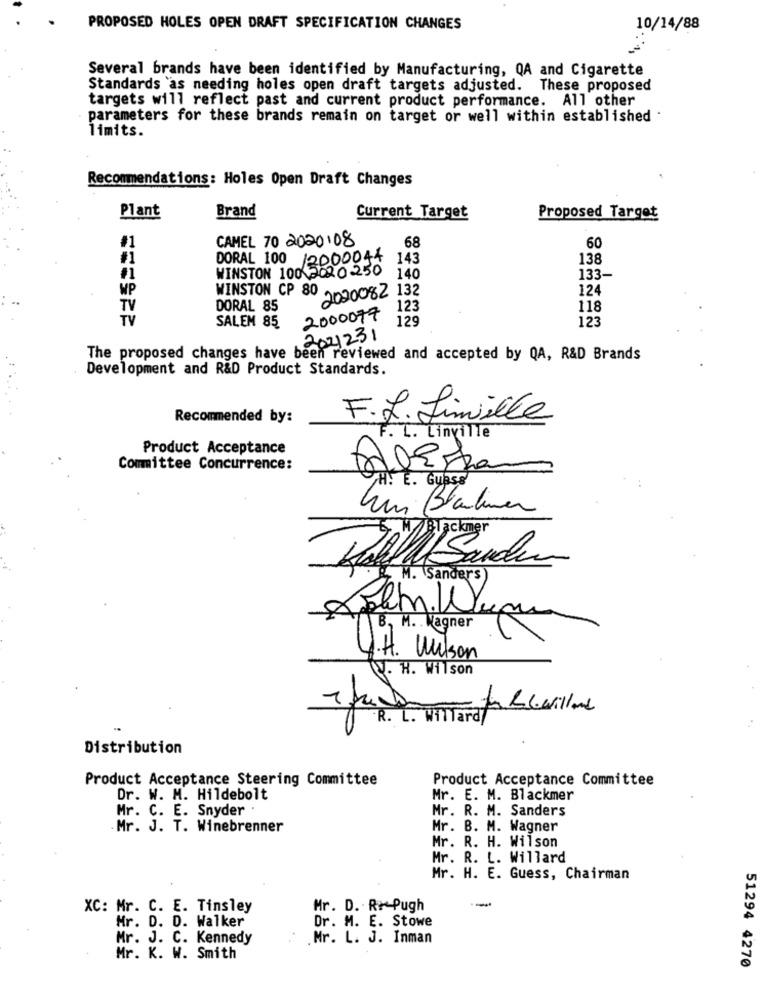
PROPOSED HOLES OPEN DRAFT SPECIFICATION CHANGES
10/14/88
Several brands have been identified by Manufacturing, QA and Cigarette
Standards 'as needing holes open draft targets adjusted. These proposed
targets will reflect past and current product performance. All other
parameters for these brands remain on target or well within established
limits.
Recommendations: Holes Open Draft Changes
Plant
Brand
Current Target
Proposed Target
CAMEL 70 2020108
#1
68
60
#1
DORAL 100 /2000044
143
138
WINSTON 100 2020250
140
133-
WP
WINSTON CP 80
2020082 132
124
TV
DORAL 85
123
118
TV
2000077
129
123
SALEM 85
2021231
The proposed changes have been reviewed and accepted by QA, R&D Brands
Development and R&D Product Standards.
Recommended by:
F.L. Limville
F . L. Linville
Product Acceptance
Committee Concurrence:
E. Guess
Kui Blanchemer
Kohl Sande
& M. (Sanders )
Det. Kupu
B, M. Wagner
4.H. Wilson
J. H. Wilson
Distribution
Product Acceptance Steering Committee
Product Acceptance Committee
Dr. W. M. Hildebolt
Mr. E. M. Blackmer
Mr. C. E. Snyder .
Mr. R. M. Sanders
.Mr. J. T. Winebrenner
Mr. B. M. Wagner
Mr. R. H. Wilson
Mr. R. L. Willard
Mr. H. E. Guess, Chairman
XC: Mr. C. E. Tinsley
Mr. D. Rr Pugh
Mr. D. D. Walker
Dr. M. E. Stowe
Mr. J. C. Kennedy
Mr. L. J. Inman
Mr. K. W. Smith
51294 4270